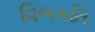
વિભકતિ